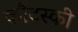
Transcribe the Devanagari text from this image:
कौटस्की